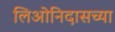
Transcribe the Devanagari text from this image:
लिओनिदासच्या